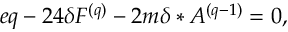
e q - 2 4 \delta F ^ { ( q ) } - 2 m \delta \ast A ^ { ( q - 1 ) } = 0 ,